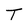
Character: T